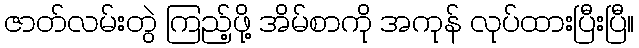
ဇာတ်လမ်းတွဲ ကြည့်ဖို့ အိမ်စာကို အကုန် လုပ်ထားပြီးပြီ။